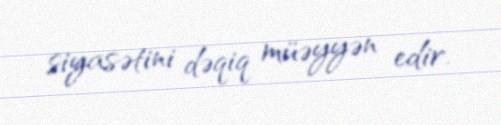
siyasətini dəqiq müəyyən edir.